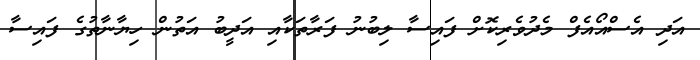
އަދި އެސްއޯއެފް މެދުވެރިކޮށް ފައިސާ ލިބުނު ފަރާތަކާއި އަދީބު އަތުން ހިޔާނާތުގެ ފައިސާ